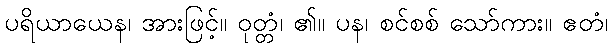
ပရိယာယေန၊ အားဖြင့်။ ဝုတ္တံ၊ ၏။ ပန၊ စင်စစ် သော်ကား။ ဧတံ၊